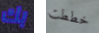
بك خططت